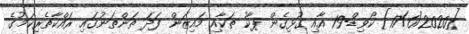
[17/6/2020] ކޯވިޑް-19 އާއި ގުޅިގެން ޕާކު ތަކާއި މައިޒަން ފަދަ ތަންތަނުގައި ރައްކާތެރިކަމުގެ